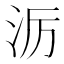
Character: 𪵱